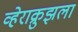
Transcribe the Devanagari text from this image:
व्हेराक्रुझला